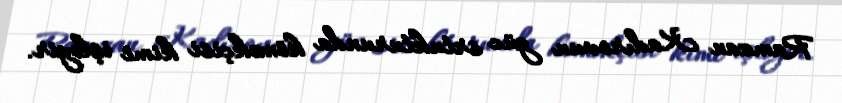
Ramzan Kadırovun güc srtukturunda köməkçisi kimi işləyir.